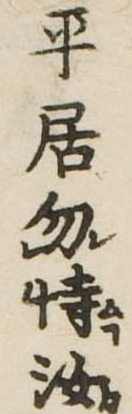
平居勿恃汝